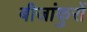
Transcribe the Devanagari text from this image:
बीजांकुरों